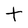
Character: t